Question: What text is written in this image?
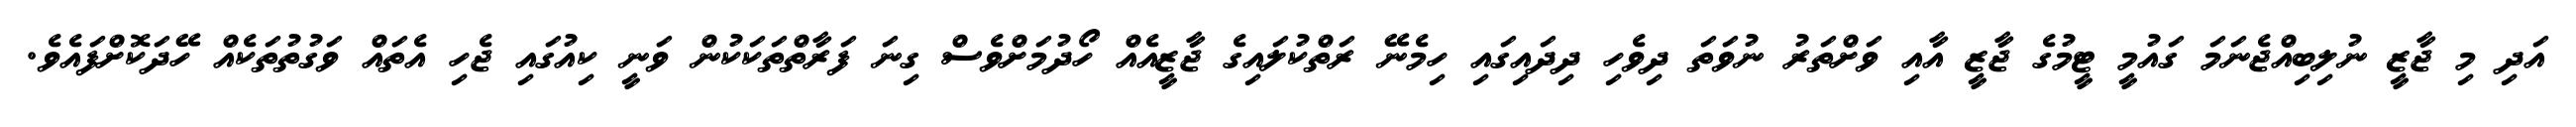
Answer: އަދި މި ޖާޒީ ނުލިބިއްޖެނަމަ ގައުމީ ޓީމުގެ ޖާޒީ އާއި ވަށްތަރު ނުވަތަ ދިވެހި ދިދައިގައި ހިމެނޭ ރަތްކުލައިގެ ޖާޒީއެއް ހޯދުމަށްވެސް ގިނަ ފަރާތްތަކަކުން ވަނީ ކިއުގައި ޖެހި އެތައް ވަގުތުތަކެއް ހޭދަކޮށްފައެވެ.